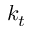
k _ { t }